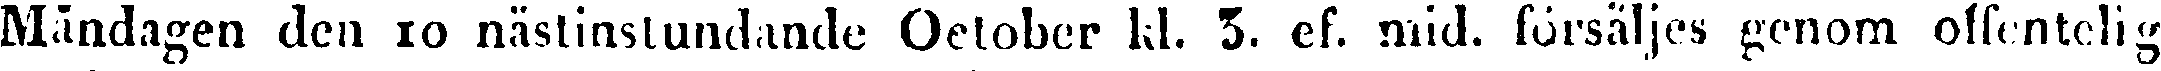
Måndagen den 10 nästinstundande October kl. 3. ef. mid. försäljes genom offentlig